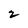
Character: 2